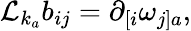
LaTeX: {\cal L}_{k_{a}}b_{ij}=\partial_{[i}\omega_{j]a},